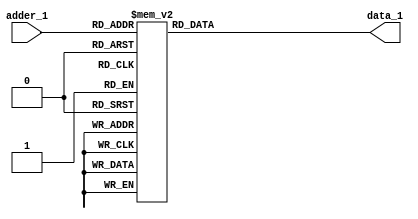
`timescale 1ns / 1ps
//////////////////////////////////////////////////////////////////////////////////
// Company: 
// Engineer: 
// 
// Design Name: 
// Module Name:    rom_data1 
// Project Name: 
// Target Devices: 
// Tool versions: 
// Description: 
//
// Dependencies: 
//
// Revision: 
// Revision 0.01 - File Created
// Additional Comments: 
//
//////////////////////////////////////////////////////////////////////////////////
module rom_data1(
    adder_1    ,
    
    //,dout
    data_1    );

    //
    

    //
    input [5:0]          adder_1  ;
  

    //
    output[507:0]         data_1   ;

    //reg
    reg   [507:0]         data_1   ;

   

    //
    always@(*)begin 
        case(adder_1)
			 6'd1 :    data_1 = 508'h000000000000000000000000000000000000000000000000000000000000000000000000000000000000000000000000000000000000000000000000000000;
 6'd2 :    data_1 = 508'h000000000000000100000000000000000000000000000000000000000001000000000000000000000000000000000000000000000000000003000000000000;
 6'd3 :    data_1 = 508'h000000FC00000001F00000000000200000000000000003000000001F0001FA000000000000000000000003C000000000000000000F00000003FE0000000000;
 6'd4 :    data_1 = 508'h000001FF00000301FE00000000001F000000000000000FE00000001FE001FC000000000380000000000000FE00000000000000000FF8000003F80000000000;
 6'd5 :    data_1 = 508'h000001F800001FC1F000000000001FFFFFFFFFFFFFFFFFF00000001F8001F8000000007FE00000000000003FC0000000000000000FC0000003F00000000000;
 6'd6 :    data_1 = 508'h000003F00001FFF1F03E000000001F00007C0001F0000FC00000001F8001F8000C003FFFF80000000000001FE0000000000000000F80000003F00000000000;
 6'd7 :    data_1 = 508'h000007E0001FF801F007E00000001F00007C0001F0000FC00000000F8001F8000FFFE0000000000000000007E0000000000000000F80000003F00000000000;
 6'd8 :    data_1 = 508'h00000F8003FF8001F001FC0000001F00007C0001F0000FC00000000F8001F8780F8000000000000000000003C0000000180000000F80000003F00000000000;
 6'd9 :    data_1 = 508'h00001F01FC0F8001F0007E0000001F00007C0001F0000FC00001FFFFFFFFFFFF0F800000000000000000000100000000FE0000000F80000003F00000000000;
 6'd10 :    data_1 = 508'h00003E00000F8001F0003E0000001F00007C0001F0000FC00000000F8001F8000F8000000000FFFFFFFFFFFFFFFFFFFFFFC000000F80000003F00007C00000;
 6'd11 :    data_1 = 508'h00007C00000F8001F000180000001F00007C0001F0000FC00000000F8001F8000F80000000001F80000003F000000000002000000F8003FFFFFFFFFFF80000;
 6'd12 :    data_1 = 508'h0000FC00000F8001F800000000001F00007C0001F0000FC00000000F8001F8000F80000000000000000003F000000000000000000F8000C003F00007E00000;
 6'd13 :    data_1 = 508'h0001FF80000F8000F8000F8000001F00007C0001F0000FC00000000F8001F8000F80000000000000000003F000000000000000000F807C0003F00007C00000;
 6'd14 :    data_1 = 508'h0003FE10000F8000F8003FF000001FFFFFFFFFFFFFFFFFC00000000FFFFFF8000F80000000000000000003E00000000000000FFFFFFFFF8003F00007C00000;
 6'd15 :    data_1 = 508'h0007BE0FFFFFFFFFFFFFC00800001F000003E00000000FC00000000F8001F8000F80000040000000000007E000000000000001E00F80004003F00007C00000;
 6'd16 :    data_1 = 508'h001F3E00000F8000F800000000001F00000FFE00000008000000000F8001F8000F800003F0000000000007E000000000000000000F80000003F00007C00000;
 6'd17 :    data_1 = 508'h003C3E00000F8000F800180000002000003FE000000000000000000F8001F8000FFFFFFFFE000000000007C000000780000000000F80000003F00007C00000;
 6'd18 :    data_1 = 508'h00703E00000F8000F8003F8000000000007F0000000700000000000F8001F8000F8001F00000000000000FFFFFFFFFF8000000000F80000003E00007C00000;
 6'd19 :    data_1 = 508'h01C03E00000F8000F8007FC00000000001FC0000001FE0000000000F8001F8000F8001F00000000000000FC000000FF0000000000F80000003E00007C00000;
 6'd20 :    data_1 = 508'h03003E00000F80F0F800FE000000000007F3FFFFFFFFF8000000000FFFFFF8000F8001F00000000000001F8000001FC0000000000F80000003E00007C00000;
 6'd21 :    data_1 = 508'h0C003E00000F9F007C01F800000000003F800000003F80000000000F8001F8000F8001F00000000000001F0000001F80000000000F80000003E00007C3E000;
 6'd22 :    data_1 = 508'h00003E00000FF8007C03F00000000000FC00000000FE00000000000F8001F8000F8001F00000000000003F0000001F80000000000F83FFFFFFFFFFFFFFFC00;
 6'd23 :    data_1 = 508'h00003E0000FF80007E07C00000000007FF00000001FC00000000000F8001F8000F8001F00000000000007E0000001F80000000000F807E0007E60000000200;
 6'd24 :    data_1 = 508'h00003E001FFF80003E1F80000000003F83F0000007F000000000000F8001F8781F8001F0000000000000FC0000003F00000000000F80000007C30000000000;
 6'd25 :    data_1 = 508'h00003E0FFF0F80003F3E0000000001F800FE00001FC00000000FFFFFFFFFFFFE1F8001F0000000000001F80000003F00000000000F8000000FC18000000000;
 6'd26 :    data_1 = 508'h00003E0FF00F80001FFC000000000F80007F80007F0000000001C000000000011F0001F0000000000003F00000003F00000000000F8000001F81E000000000;
 6'd27 :    data_1 = 508'h00003E03800F80000FF000000000F000001F8001FC00000000000000000000003F0001F0000000000007C00000007E00000000000F80FFC01F00F000000000;
 6'd28 :    data_1 = 508'h00003E00000F800007C00018000F0000000F800FF000000000000001800E00003E0001F000000000001F800000007E00000000000FFF80007E007C00000000;
 6'd29 :    data_1 = 508'h00003E00000F80001FF0003000000000000F007F8000000000000003F003F0007C0001F000000000003E00000000FC000000003FFFE00000FC001E00000000;
 6'd30 :    data_1 = 508'h00003E00000F8000FDF8007000000000000003FC0000000000000007F800FE00F80001F00000000000F800000000FC00000007FFF0000001F8000F80000000;
 6'd31 :    data_1 = 508'h00003E00000F8003E07E00F00000000000001FE0000000000000001FC0003F01F00001F00000000003E000000001FC00000003FC00000007E00003F0000000;
 6'd32 :    data_1 = 508'h00003E00000F801F003F80F0000000000003FE00000000000000003E00001F83E00001F0000000000F8000000001F800000000C00000001F800001FC000000;
 6'd33 :    data_1 = 508'h00003E00000F8070000FF1E000000000003FE00000000000000000F800000F0F800001F0000000003E0000000003F80000000000000000FC0000007FC00000;
 6'd34 :    data_1 = 508'h00003E03801F83800003FFE0000000000FFC000000000000000003E00000061E000001F000000001F000003F0007F00000000000000007E00000001FFC0000;
 6'd35 :    data_1 = 508'h00003E007FFF800000007FF000000003FE0000000000000000000F0000000078000001F00000000F80000001FFFFE0000000000000007E0000000003FFF000;
 6'd36 :    data_1 = 508'h00003E0003FE000000000FF0000003FE000000000000000000007800000001C0000001F000000078000000003FFF8000000000000007E00000000000FFFF00;
 6'd37 :    data_1 = 508'h00003E0000F8000000000070003FFC0000000000000000000001C00000000E00000001F000000F800000000007FC00000000000000FC0000000000001F8000;
 6'd38 :    data_1 = 508'h000030000000000000000000000000000000000000000000000000000000300000000180000010000000000003000000000000000F00000000000000020000;
 6'd39 :    data_1 = 508'h000000000000000000000000000000000000000000000000000000000000000000000000000000000000000000000000000000000000000000000000000000;
 6'd40 :    data_1 = 508'h000000000000000000000000000000000000000000000000000000000000000000000000000000000000000000000000000000000000000000000000000000;
							

default:   data_1 = 508'h000000000000000000000000000000000000000000000000000000000000000000000000000000000000000000000000000000000000000000000000000000;

      endcase
    
   end
   endmodule